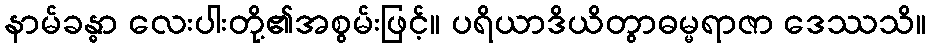
နာမ်ခန္ဓာ လေးပါးတို့၏အစွမ်းဖြင့်။ ပရိယာဒိယိတွာဓမ္မရာဇာ ဒေဿသိ။